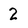
Character: 2